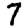
Digit: 7